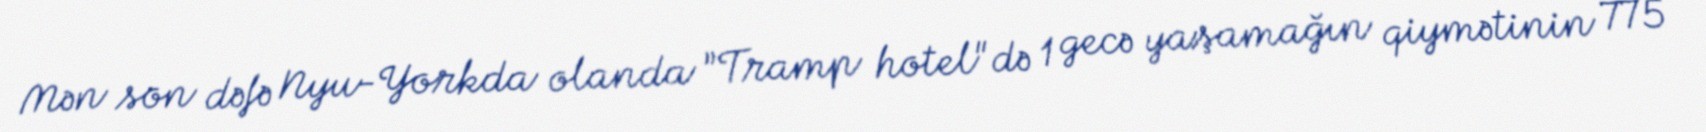
Mən son dəfə Nyu-Yorkda olanda ”Tramp hotel"də 1 gecə yaşamağın qiymətinin 775